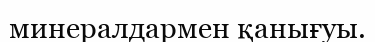
минералдармен қанығуы.